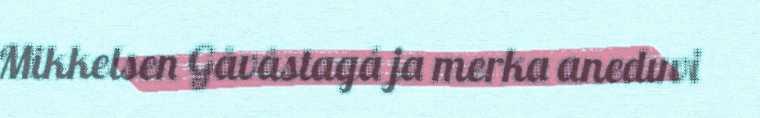
Mikkelsen Gåvåstagá ja merka aneduvi